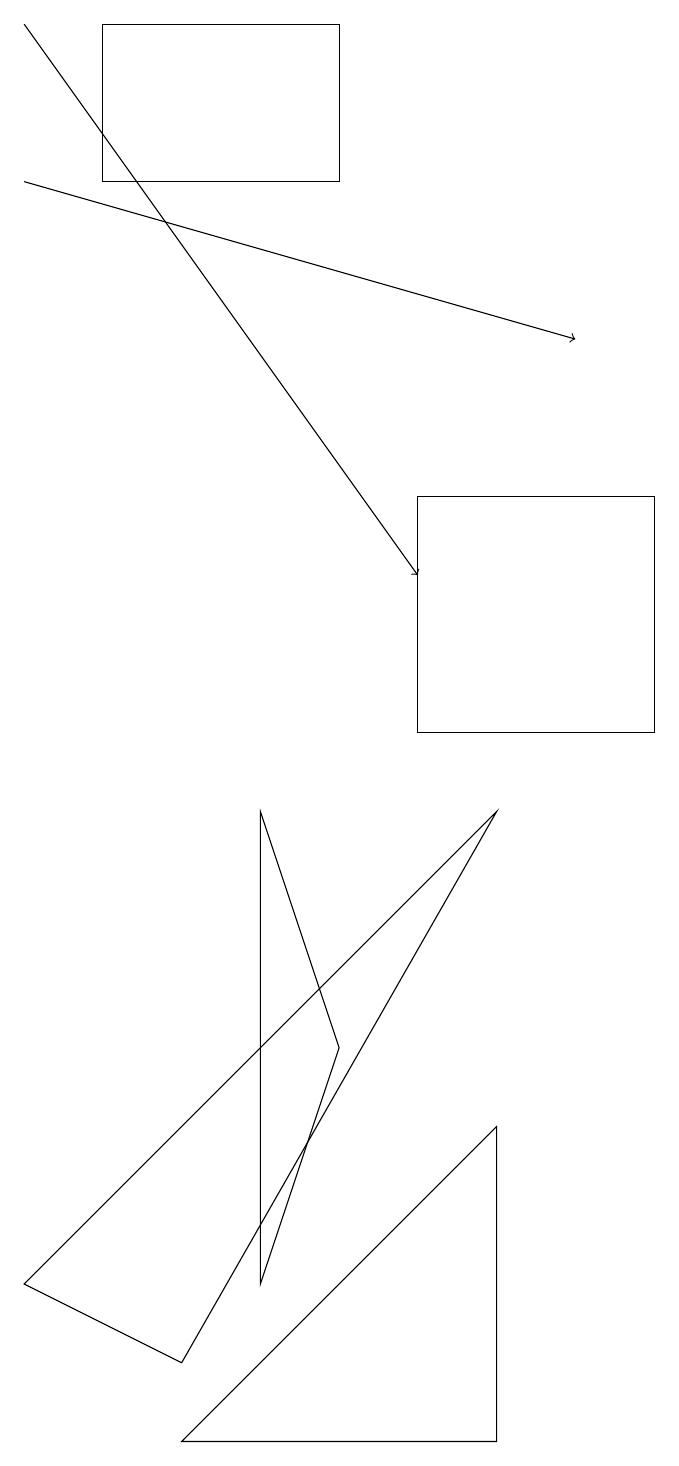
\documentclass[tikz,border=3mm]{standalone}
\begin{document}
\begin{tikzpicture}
\draw[->] (1,17) -- (8,15);
\draw (5,17) rectangle (2,19);
\draw (4,3) -- (5,6) -- (4,9) -- cycle;
\draw (7,5) -- (3,1) -- (7,1) -- cycle;
\draw (6,13) rectangle (9,10);
\draw (6,11) rectangle (6,11);
\draw[->] (1,19) -- (6,12);
\draw (1,3) -- (7,9) -- (3,2) -- cycle;
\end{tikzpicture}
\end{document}